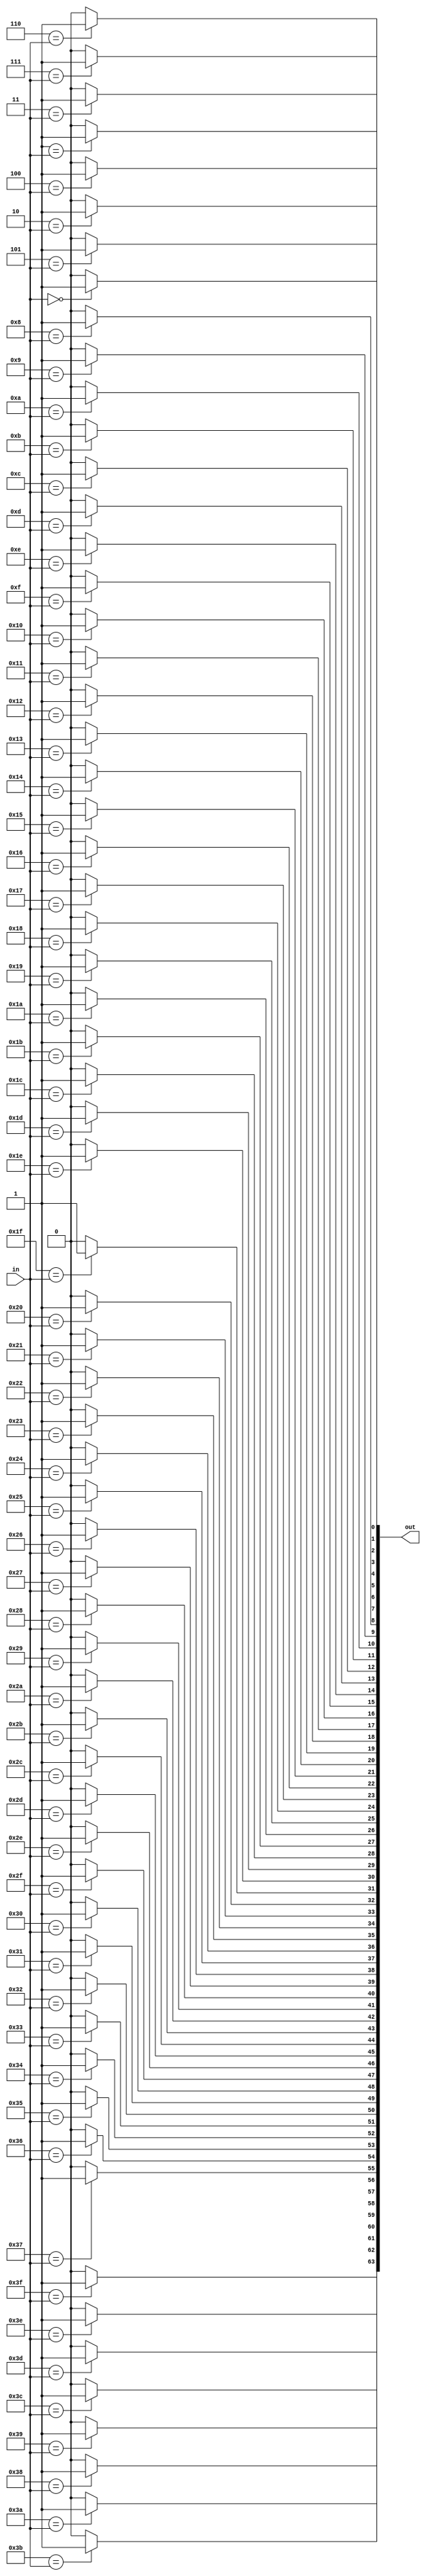
module sparc_tlu_dec64(/*AUTOARG*/
   // Outputs
   out, 
   // Inputs
   in
   );

   input [5:0] in;

   output [63:0] out;


   wire [5:0] 	 in;
   reg [63:0] 	 out;

   integer 	 i;
   
   always @ (in)
     begin
	for (i=0;i<64;i=i+1)
	  begin
	     if (i[5:0] == in[5:0])
	       out[i] = 1'b1;
	     else
	       out[i] = 1'b0;
	  end
     end

endmodule